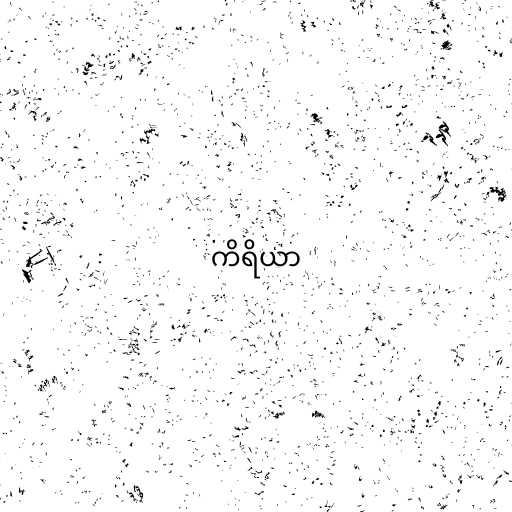
ကိရိယာ